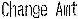
CHANGE AMT